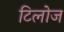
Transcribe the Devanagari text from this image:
टिलोज